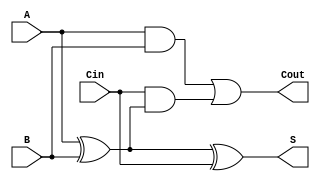
module FullAdder (
    input wire A,    // First input bit
    input wire B,    // Second input bit
    input wire Cin,  // Carry-in bit
    output wire S,   // Sum output
    output wire Cout // Carry-out output
);

// Internal signals
wire ab_xor; // Intermediate signal for A XOR B

// Sum calculation: S = A  B  Cin
assign ab_xor = A ^ B;  // A XOR B
assign S = ab_xor ^ Cin; // (A XOR B) XOR Cin

// Carry-out calculation: Cout = (A AND B) OR (Cin AND (A XOR B))
assign Cout = (A & B) | (Cin & ab_xor);

endmodule